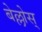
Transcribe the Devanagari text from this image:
बेल्लोस्